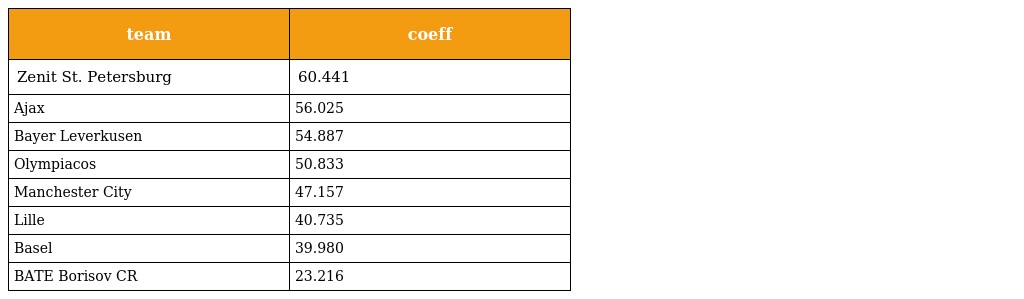
| team | coeff |
 | --- | --- |
 | Zenit St. Petersburg | 60.441 |
 | Ajax | 56.025 |
 | Bayer Leverkusen | 54.887 |
 | Olympiacos | 50.833 |
 | Manchester City | 47.157 |
 | Lille | 40.735 |
 | Basel | 39.980 |
 | BATE Borisov CR | 23.216 |